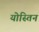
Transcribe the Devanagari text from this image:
योस्तिन